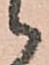
候